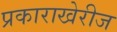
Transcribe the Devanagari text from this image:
प्रकाराखेरीज